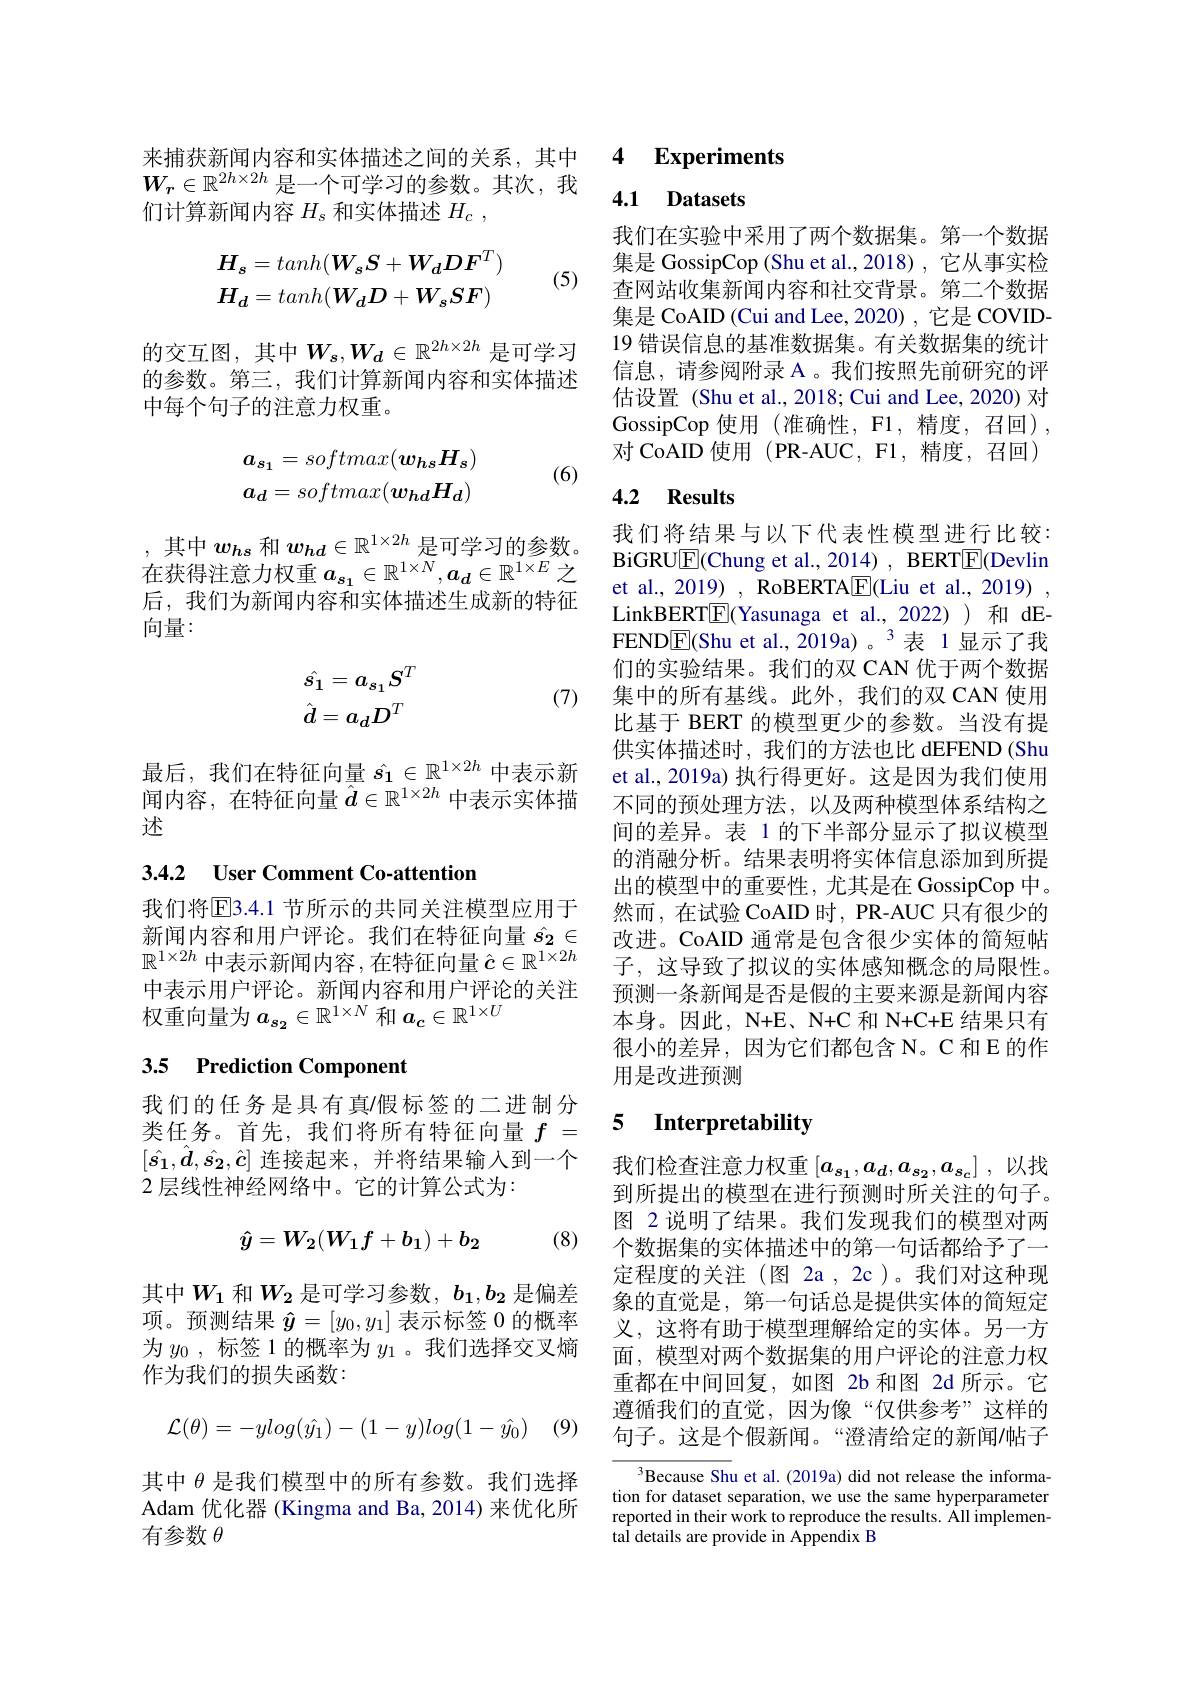
$W_r\in\mathbb{R}^{2h\times2h}$是一个可学习的参数。其次，我
们计算新闻内容$H_s$和实体描述$H_c$,
$$\boldsymbol{H}_{\boldsymbol{s}}=tanh(\boldsymbol{W}_{\boldsymbol{s}}\boldsymbol{S}+\boldsymbol{W}_{\boldsymbol{d}}\boldsymbol{D}\boldsymbol{F}^{T})\\\boldsymbol{H}_{\boldsymbol{d}}=tanh(\boldsymbol{W}_{\boldsymbol{d}}D+\boldsymbol{W}_{\boldsymbol{s}}\boldsymbol{S}\boldsymbol{F})$$
(5)

的交互图，其中$W_s,W_d\in\mathbb{R}^{2h\times2h}$ 是可学习的参数。第三，我们计算新闻内容和实体描述中每个句子的注意力权重。
$$\boldsymbol{a_{s_{1}}}=softmax(\boldsymbol{w_{hs}}\boldsymbol{H_{s}})\\\boldsymbol{a_{d}}=softmax(\boldsymbol{w_{hd}}\boldsymbol{H_{d}})$$
(6)

,其中$w_{hs}$和$w_{hd}\in\mathbb{R}^{1\times2h}$是可学习的参数。在获得注意力权重$a_{s_1}\in\mathbb{R}^{1\times N},a_d\in\mathbb{R}^{1\times E}$之后，我们为新闻内容和实体描述生成新的特征向量：
$$\hat{s_1}=a_{s_1}S^T\\\hat{d}=a_dD^T$$
(7)

最后，我们在特征向量$\hat{s_1}\in\mathbb{R}^{1\times2h}$中表示新闻内容，在特征向量$\hat{d}\in\mathbb{R}^{1\times2h}$中表示实体描述

## 3.4.2 User Comment Co-attention

我们将$\overline{\mathrm{E}}$3.4.1 节所示的共同关注模型应用于新闻内容和用户评论。我们在特征向量$\hat{s_2}\in$ $\mathbb{R}^{1\times2h}$中表示新闻内容，在特征向量$\hat{c}\in\mathbb{R}^1\times2h$ 中表示用户评论。新闻内容和用户评论的关注权重向量为$a_{s_2}\in\mathbb{R}^{1\times N}$和$a_c\in\mathbb{R}^{1\times U}$

# 3.5 Prediction Component

我们的任务是具有真$\prime$假标签的二进制分类任务。首先，我们将所有特征向量$f_{\mathrm{~}}=$ $[\hat{s_1},\hat{d},\hat{s_2},\hat{c}]$连接起来，并将结果输入到一个2 层线性神经网络中。它的计算公式为：
$$\hat{y}=W_2(W_1f+b_1)+b_2$$
(8)

其中$W_1$ 和$W_2$ 是可学习参数，$b_1,b_2$ 是偏差项。预测结果$\hat{\boldsymbol{y}}=[y_0,y_1]$表示标签 0 的概率为$y_0$,标签 1 的概率为$y_{1}$ 。我们选择交叉熵作为我们的损失函数：
$$\begin{aligned}\mathcal{L}(\theta)=-ylog(\hat{y_1})-(1-y)log(1-\hat{y_0})\end{aligned}$$
 (9)

其中$\theta$是我们模型中的所有参数。我们选择Adam 优化器 (Kingma and Ba, 2014) 来优化所有参数$\theta$

来捕获新闻内容和实体描述之间的关系，其中 4 Experiments

4.1 Datasets

我们在实验中采用了两个数据集。第一个数据集是 GossipCop (Shu et al.,2018) , 它从事实检查网站收集新闻内容和社交背景。第二个数据集是 CoAID (Cui and Lee, 2020) , 它是 COVID- 19 错误信息的基准数据集。有关数据集的统计信息，请参阅附录 A 。我们按照先前研究的评估设置 (Shu et al., 2018; Cui and Lee, 2020) 对GossipCop 使用 (准确性，F1,精度，召回), 对 CoAID 使用 (PR-AUC, F1, 精度，召回)

## 4.2 Results

我们将结果与以下代表性模型进行比较： BiGRU$\underline{\mathrm{E}}($Chung et al., 2014) , BERT$\underline{\mathrm{E}}$(Devlin et al., 2019) , RoBERTA$\boxed{\mathrm{F}}($Liu et al., 2019) , LinkBERT$[\mathbb{E}]$(Yasunaga et al.,2022))和 dEFEND$\underline{\mathrm{E}}$(Shu et al.,2019a)。$^{3}$表 1 显示了我们的实验结果。我们的双 CAN 优于两个数据集中的所有基线。此外，我们的双 CAN 使用比基于 BERT 的模型更少的参数。当没有提供实体描述时，我们的方法也比 dEFEND (Shu et al., 2019a) 执行得更好。这是因为我们使用不同的预处理方法，以及两种模型体系结构之间的差异。表 1 的下半部分显示了拟议模型的消融分析。结果表明将实体信息添加到所提出的模型中的重要性，尤其是在 GossipCop 中。然而，在试验 CoAID 时，PR-AUC 只有很少的改进。CoAID 通常是包含很少实体的简短帖子，这导致了拟议的实体感知概念的局限性。预测一条新闻是否是假的主要来源是新闻内容本身。因此，N+E、N+C 和 N+C+E 结果只有很小的差异，因为它们都包含 N。C 和 E 的作用是改进预测

# 5 Interpretability

我们检查注意力权重$[a_{s_1},a_d,a_{s_2},a_{s_c}]$ ,以找到所提出的模型在进行预测时所关注的句子。图 2 说明了结果。我们发现我们的模型对两个数据集的实体描述中的第一句话都给予了一定程度的关注(图 2a , 2c)。我们对这种现象的直觉是，第一句话总是提供实体的简短定义，这将有助于模型理解给定的实体。另一方面，模型对两个数据集的用户评论的注意力权重都在中间回复，如图 2b 和图 2d 所示。它遵循我们的直觉，因为像“仅供参考”这样的句子。这是个假新闻。“澄清给定的新闻/帖子

$^{3}$Because Shu et al.(2019a) did not release the information for dataset separation, we use the same hyperparameter reported in their work to reproduce the results. All implemental details are provide in Appendix B